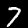
Label: 7